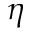
\eta